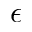
\epsilon